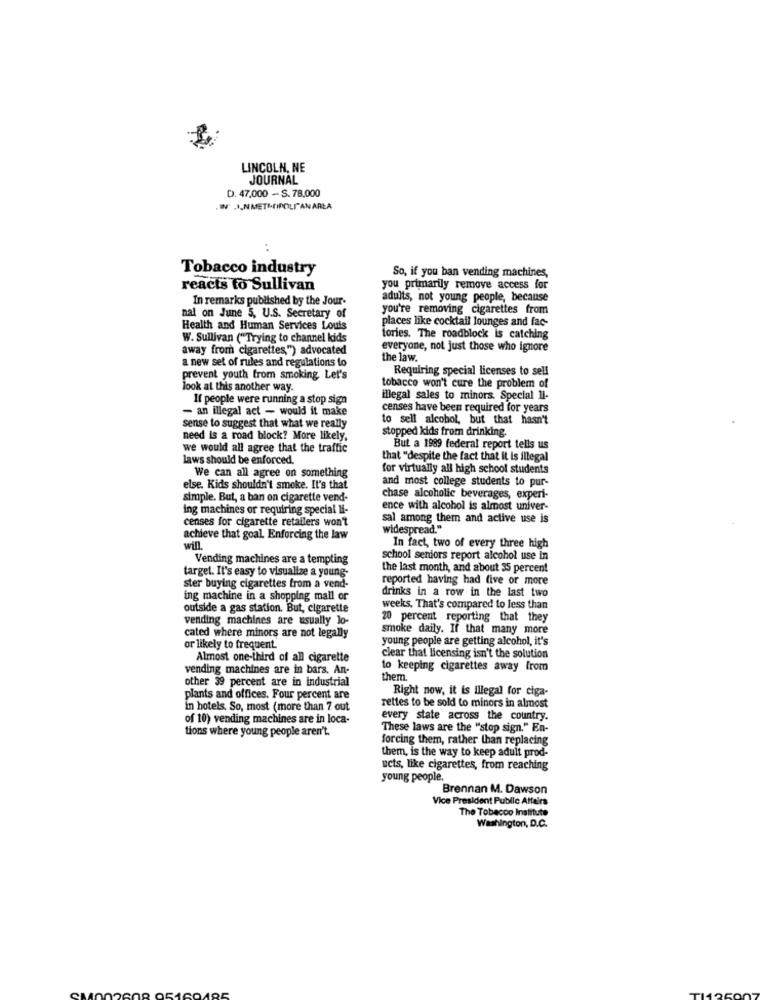
LINCOLN, NE
JOURNAL
D. 47,000 - S. 78,000
Tobacco industry
So, if you ban vending machines,
reacts to Sullivan
you primarily remove access for
In remarks published by the Jour-
adults, not young people, because
you're removing cigarettes from
nal on June 5, U.S. Secretary of
places like cocktail lounges and fac-
Health and Human Services Louis
W. Sullivan ("Trying to channel kids
tories. The roadblock is catching
away from cigarettes,") advocated
everyone, not just those who ignore
a new set of rules and regulations to
the law.
Requiring special licenses to sell
prevent youth from smoking, Let's
look at this another way.
tobacco won't cure the problem of
If people were running a stop sign
illegal sales to minors. Special 11-
- an illegal act - would it make
censes have been required for years
to sell alcohol, but that hasn't
sense to suggest that what we really
stopped kids from drinking.
need is a road block? More likely,
we would all agree that the traffic
But a 1989 federal report tells us
laws should be enforced.
that "despite the fact that it is illegal
for virtually all high school students
We can all agree on something
and most college students to pur-
else. Kids shouldn't smoke. It's that
simple. But, a ban on cigarette vend-
chase alcoholic beverages, experi-
ing machines or requiring special li-
ence with alcohol is almost univer-
censes for cigarette retailers won't
sal among them and active use is
widespread."
achieve that goal. Enforcing the law
will.
In fact, two of every three high
Vending machines are a tempting
school seniors report alcohol use in
the last month, and about 35 percent
target. It's easy to visualize a young-
reported having had live or more
ster buying cigarettes from a vend-
drinks in a row in the last two
ing machine in a shopping mall or
outside a gas station. But, cigarette
weeks. That's compared to less than
vending machines are usually lo-
20 percent reporting that they
smoke daily. If that many more
cated where minors are not legally
young people are getting alcohol, it's
or likely to frequent.
Almost one-third of all cigarette
clear that licensing isn't the solution
vending machines are in bars. An-
to keeping cigarettes away from
other 39 percent are in industrial
them
Right now, it is Illegal for ciga-
plants and offices. Four percent are
in hotels. So, most (more than 7 out
rettes to be sold to minors in almost
of 10) vending machines are in loca-
every state across the country.
tions where young people aren't.
These laws are the "stop sign." En-
forcing them, rather than replacing
them, is the way to keep adult prod-
ucts, like cigarettes, from reaching
young people.
Brennan M. Dawson
Vice President Public Affairs
The Tobacco Institute
Washington, D.C.